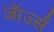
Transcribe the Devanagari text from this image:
जाॅर्ज्स